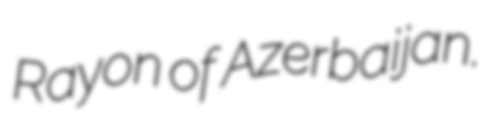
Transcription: Rayon of Azerbaijan.